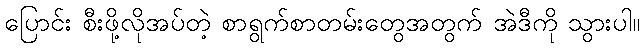
ပြောင်း စီးဖို့လိုအပ်တဲ့ စာရွက်စာတမ်းတွေအတွက် အဲဒီကို သွားပါ။